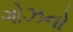
ગોઝનો